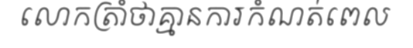
លោកត្រាំថាគ្មានការកំណត់ពេល